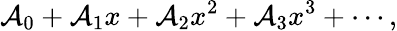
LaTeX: \mathcal{A}_{0}+\mathcal{A}_{1}x+\mathcal{A}_{2}x^{2}+\mathcal{A}_{3}x^{3}+\cdots,